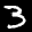
Label: 3